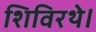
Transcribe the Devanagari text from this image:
शिविरथे।